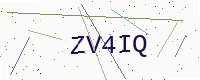
Text: ZV4IQ